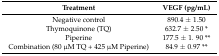
<table><thead><tr><td><b>Treatment</b></td><td><b>VEGF (pg/mL)</b></td></tr></thead><tbody><tr><td>Negative control</td><td>890.4 ± 1.50</td></tr><tr><td>Thymoquinone (TQ)</td><td>632.7 ± 2.50 *</td></tr><tr><td>Piperine</td><td>177.5 ± 1. 90 **</td></tr><tr><td>Combination (80 μM TQ + 425 μM Piperine)</td><td>84.9 ± 0.97 **</td></tr></tbody></table>